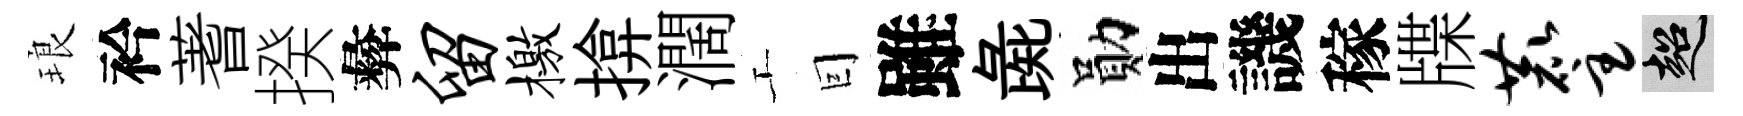
琅衿蓍揆彜留檄揜濶工囙雖彘勛出譏稼牒麈超